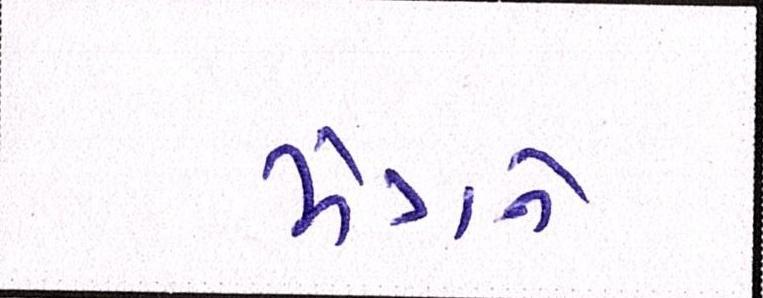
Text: મંત્રને